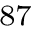
^ { 8 7 }